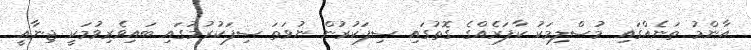
އާންމު ތަނެއްގައި މުސްލިމަކު ކާފަރެއްގެ ގޮތުގައި ސިފަކުރުން ނުވަތަ ސިފަކުރުމުގައި ބައިވެރިވުމަކީ ޖިނާއީ